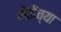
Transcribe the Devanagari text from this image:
सेठीच्या